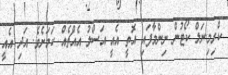
ކްރިމިނަލް ކޯޓުން ނިންމާފައި އޮތީ އެއީ އަސްލު އެއްޗެއް ކަމަށެވެ. އަދި އެއީ